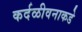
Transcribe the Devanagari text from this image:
कर्दळीवनाकडे